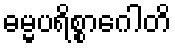
ဓမ္မပရိစ္စာဂေါတိ